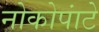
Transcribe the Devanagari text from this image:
नोकोपांटे